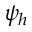
\psi _ { h }